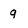
Character: 9